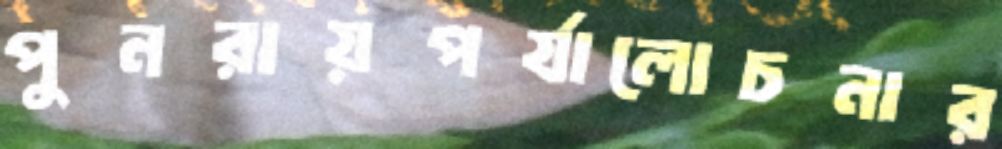
পুনরায়পর্যালোচনার